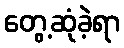
တွေ့ဆုံခဲ့ရာ